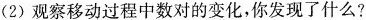
(2)观察移动过程中数对的变化，你发现了什么?